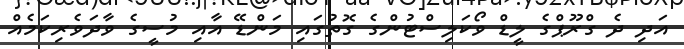
އަދި ދެ ގްރޫޕްގެ ލީޑް ވޯކަލިސްޓުންގެ ގޮތުގައި މަންޑޭ އާއި މުސީގެ ވާދަވެރިކަމެއް